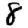
Digit: 8